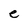
Character: e